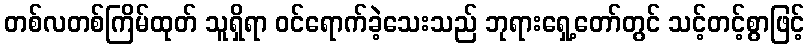
တစ်လတစ်ကြိမ်ထုတ် သူရှိရာ ဝင်ရောက်ခဲ့သေးသည် ဘုရားရှေ့တော်တွင် သင့်တင့်စွာဖြင့်